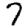
Digit: 7